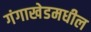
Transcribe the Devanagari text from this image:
गंगाखेडमधील